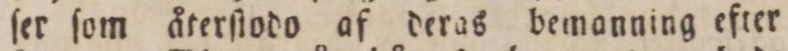
ſer ſom återſtodo af deras bemanning efter